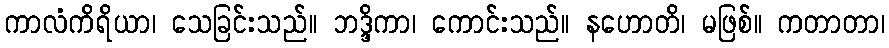
ကာလံကိရိယာ၊ သေခြင်းသည်။ ဘဒ္ဒိကာ၊ ကောင်းသည်။ နဟောတိ၊ မဖြစ်။ ကတာတာ၊